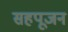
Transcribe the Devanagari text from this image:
सहपूजन